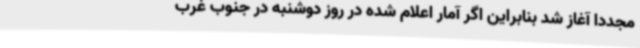
مجددا آغاز شد بنابراین اگر آمار اعلام شده در روز دوشنبه در جنوب غرب